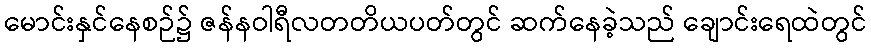
မောင်းနှင်နေစဉ်၌ ဇန်နဝါရီလတတိယပတ်တွင် ဆက်နေခဲ့သည် ချောင်းရေထဲတွင်